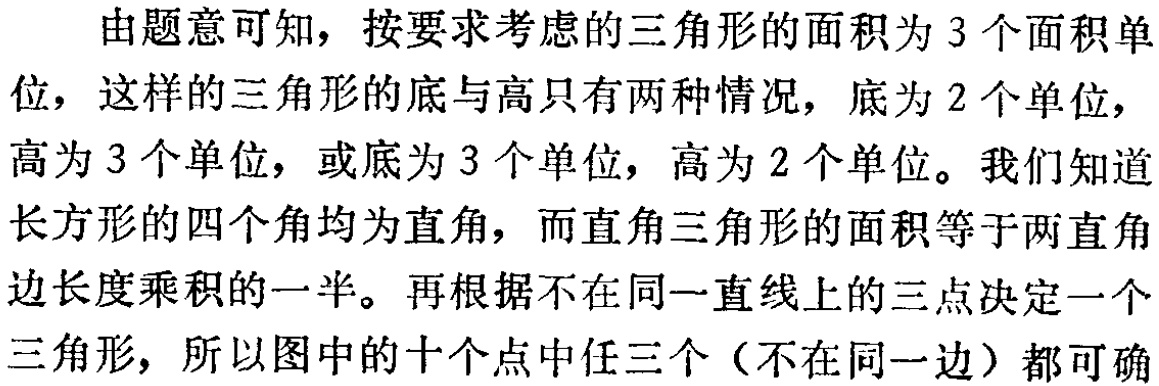
由题意可知，按要求考虑的三角形的面积为3个面积单

位，这样的三角形的底与高只有两种情况，底为2个单位，

高为3个单位，或底为3个单位，高为2个单位。我们知道

长方形的四个角均为直角，而直角三角形的面积等于两直角

边长度乘积的一半。再根据不在同一直线上的三点决定一个

三角形，所以图中的十个点中任三个（不在同一边）都可确